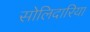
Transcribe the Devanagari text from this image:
सोलिदारिया